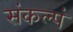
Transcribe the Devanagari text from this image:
संकल्पं